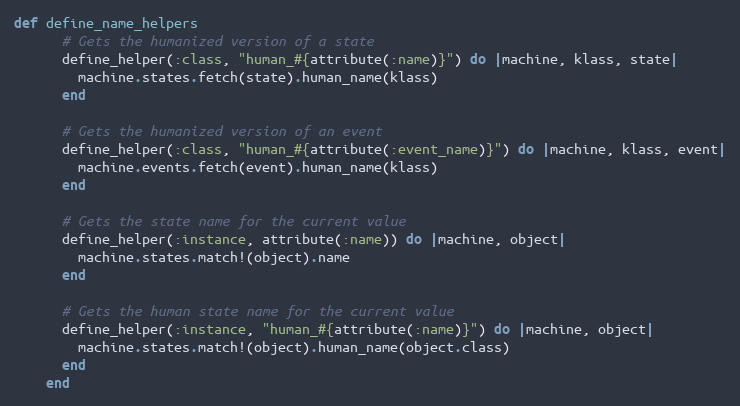
Language: Ruby
def define_name_helpers
      # Gets the humanized version of a state
      define_helper(:class, "human_#{attribute(:name)}") do |machine, klass, state|
        machine.states.fetch(state).human_name(klass)
      end

      # Gets the humanized version of an event
      define_helper(:class, "human_#{attribute(:event_name)}") do |machine, klass, event|
        machine.events.fetch(event).human_name(klass)
      end

      # Gets the state name for the current value
      define_helper(:instance, attribute(:name)) do |machine, object|
        machine.states.match!(object).name
      end

      # Gets the human state name for the current value
      define_helper(:instance, "human_#{attribute(:name)}") do |machine, object|
        machine.states.match!(object).human_name(object.class)
      end
    end